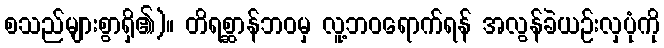
စသည်များစွာရှိ၏)။ တိရစ္ဆာန်ဘဝမှ လူ့ဘဝရောက်ရန် အလွန်ခဲယဉ်းလှပုံကို